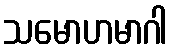
သမောဟမာဂါ